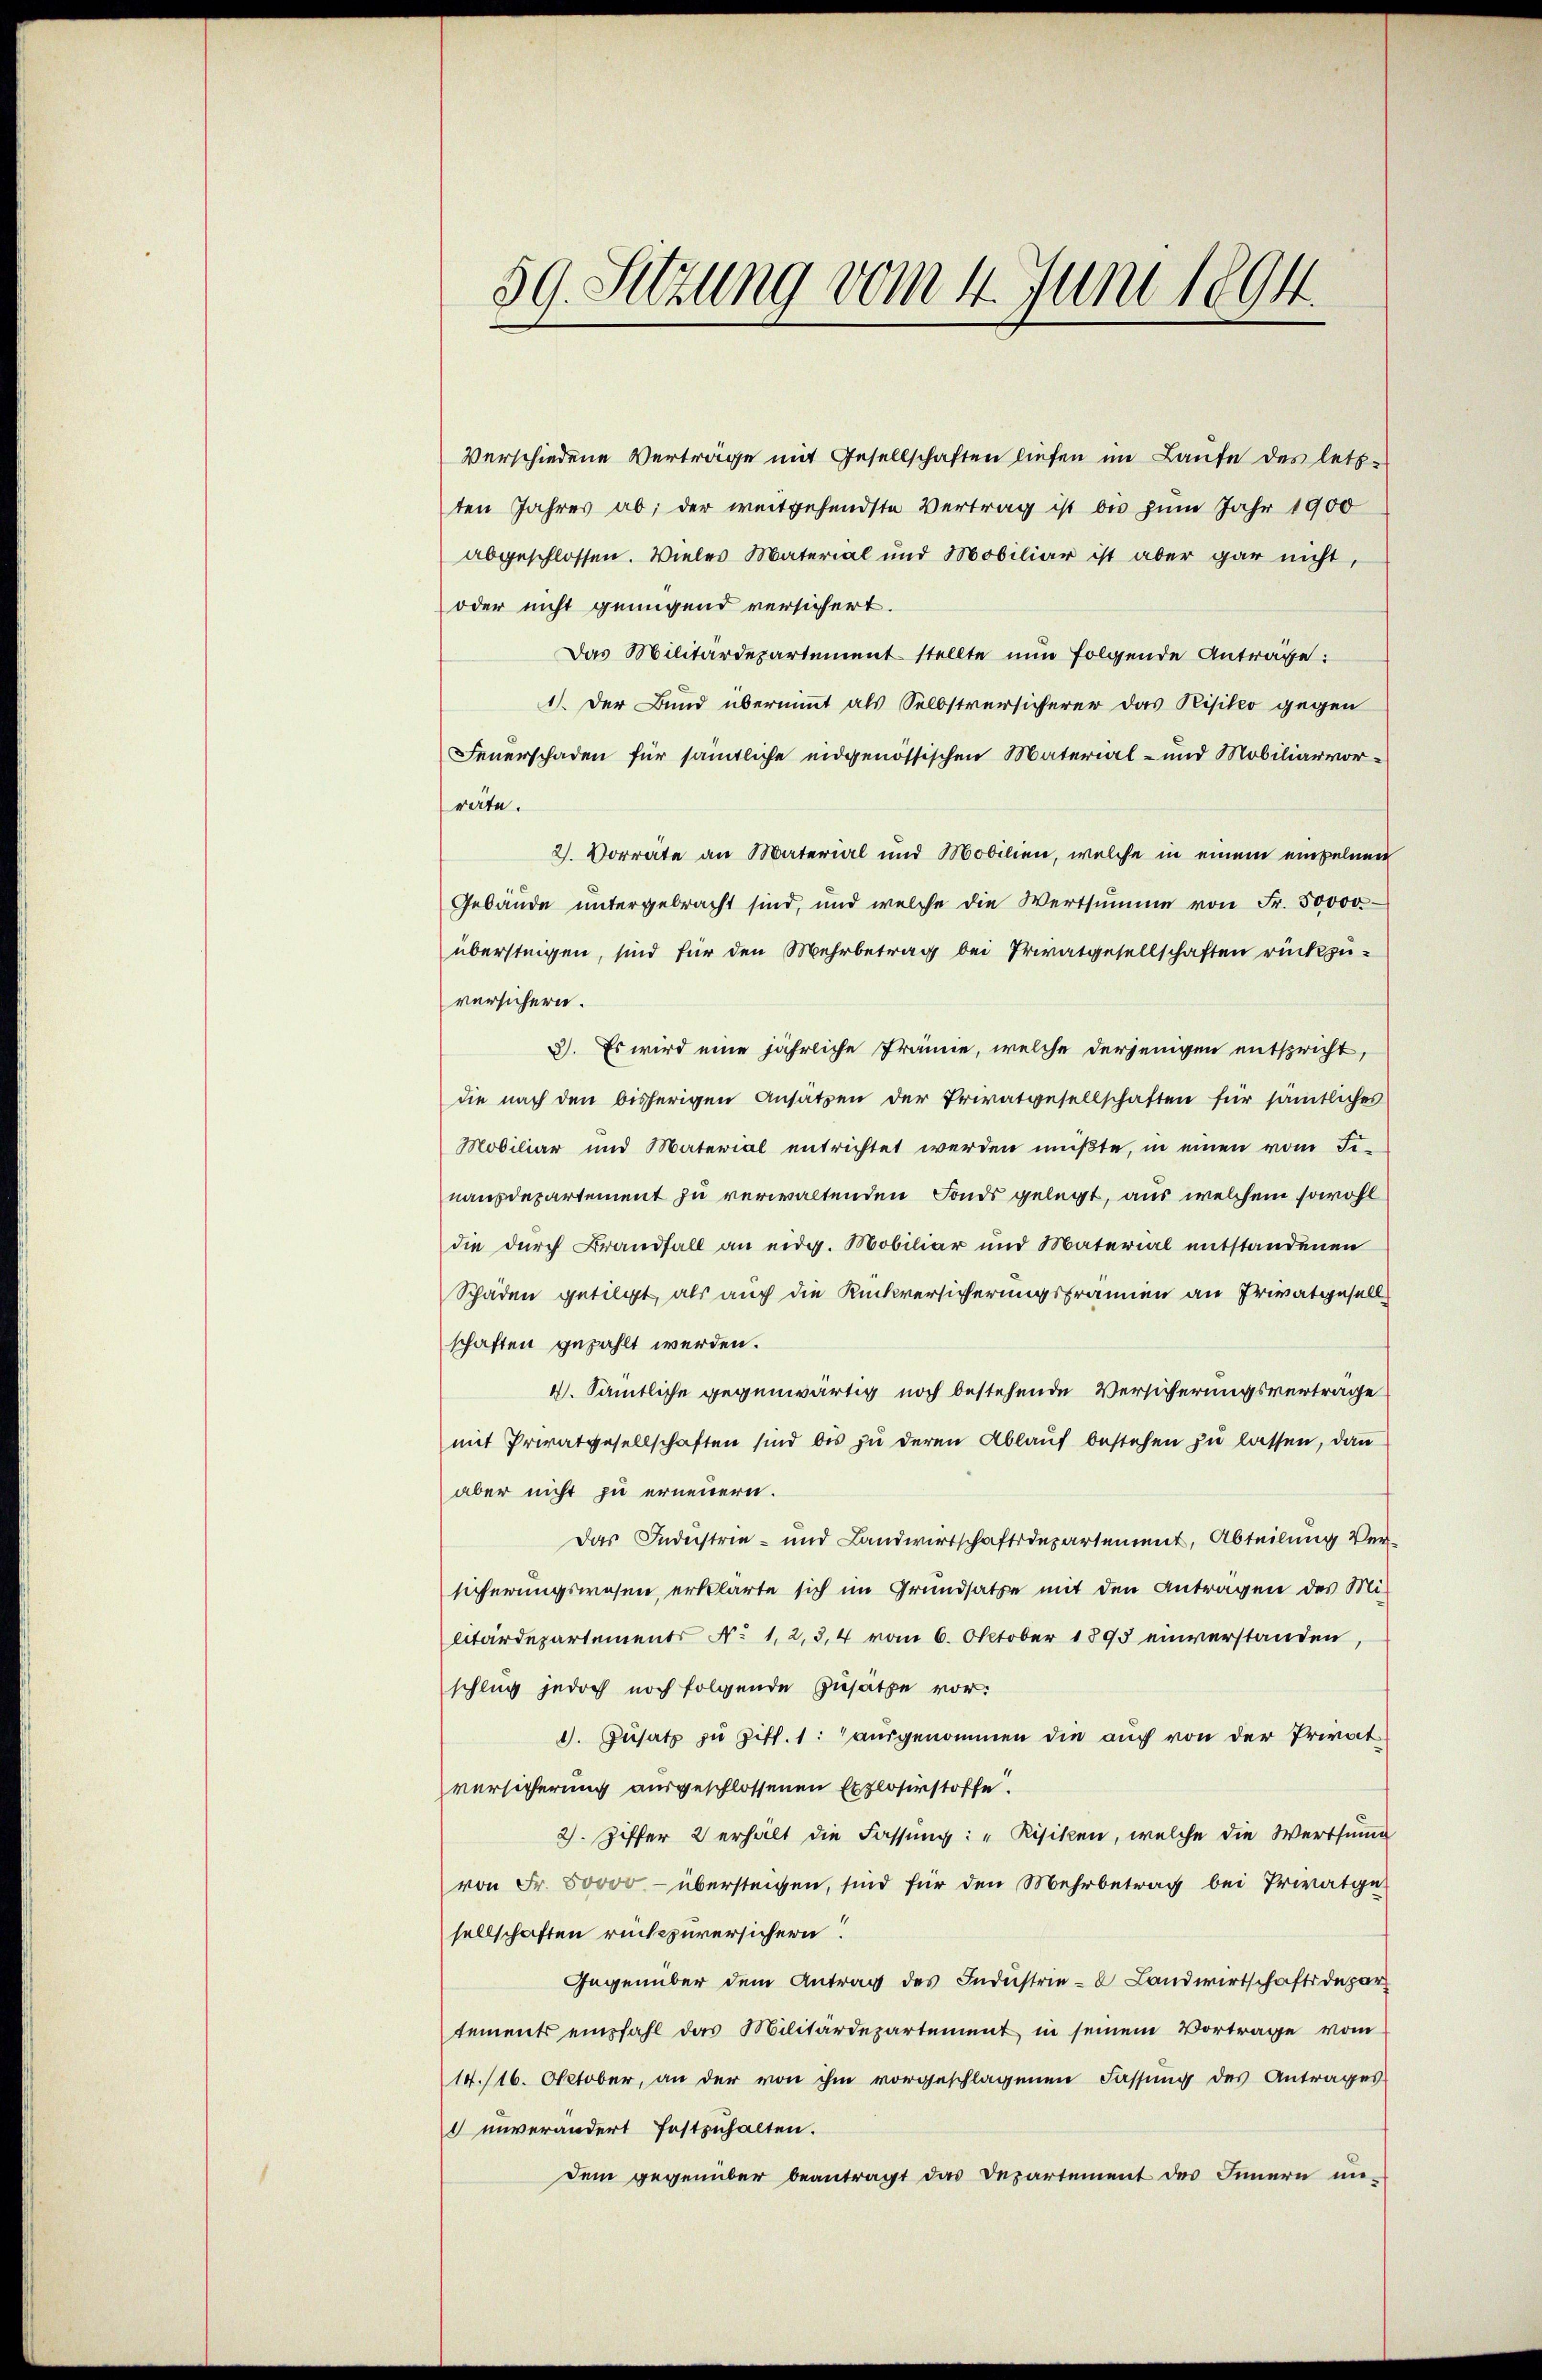
59. Sitzung vom 4. Juni 1894.

Verschiedene Vertrage mit Gesellschaften liefen im Laufe des letzten Jahres ab; der weitgehendste Vertrag ist bis zum Jahr 1900
abgeschlossen. Vieles Material und Mobiliar ist aber gar nicht,
oder nicht genügend versichert.
Das Militärdepartement stellte nun folgende Anträge:
1). Der Bund übernimmt als Selbstversicherer das Risiko gegen
Feuerschaden für sämtliche eidgenössischen Material- und Mobiliarvorräte.
2. Vorräte an Material und Mobilien, welche in einem einzelnen
Gebäude untergebracht sind, und welche die Wertsumme von Fr. 50000.
übersteigen, sind für den Mehrbetrag bei Privatgesellschaften rückzu-
versichern.
3). Es wird eine jährliche Främie, welche derjenigen entspricht,
die nach den bisherigen Ansätzen der Privatgesellschaften für sämtliches
Mobiliar und Material entrichtet werden müßte, in einen vom Fi-
nausdepartement zu verwaltenden Fonds gelegt, aus welchem sowohl
die durch Brandfall an eidg. Mobiliar und Material entstandenen
Schäden getilgt, als auch die Rückversicherungsfrämien an Privatgesell
schaften gezählt werden.
4. Sämtliche gegenwärtig noch bestehende Versicherungsvertrage
mit Privatgesellschaften sind bis zu deren Ablauf bestehen zu lassen, dann
aber nicht zu erneuern.
Das Industrie- und Landwirtschaftsdepartement, Abteilung Ver-
sicherungswesen, erklärte sich im Grundsatze mit den Antragen des Mi¬
Wtärdepartements No 1, 2, 3,4 vom 6. Oktober 1895 einverstanden,
schlug jedoch noch folgende Zusätze vor:
1. Zusatz zu Ziff. 1: ausgenommen die auch von der Privatversicherung ausgeschlossenen Explosirstoffe.
2. Ziffer 2 erhält die Fassung: "Risiken, welche die Wertsinn
von Fr. 80000 - übersteigen, sind für den Mehrbetrag bei Privatge
sellschaften rückzuversichern.
Gegenüber dem Antrag des Industrie-C. Landwirtschaftsdepar
tements empfahl das Militärdepartement in seinem Vortrage vom
14./16. Oktober, an der von ihm vorgeschlagenen Fassung des Antrages
 unverändert festzuhalten.
dem gegenüber beantragt das Departement des Innern un-